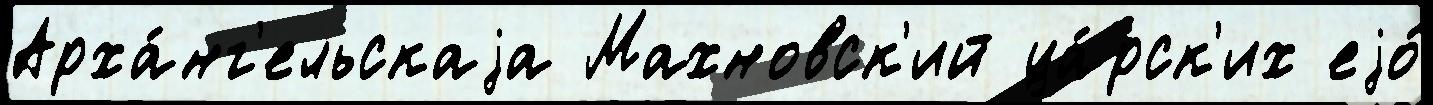
Арха́нг'ельскаjа Махновск'ий ца́рск'их еjо́